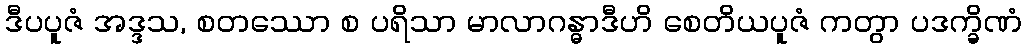
ဒီပပူဇံ အဒ္ဒသ, စတဿော စ ပရိသာ မာလာဂန္ဓာဒီဟိ စေတိယပူဇံ ကတွာ ပဒက္ခိဏံ